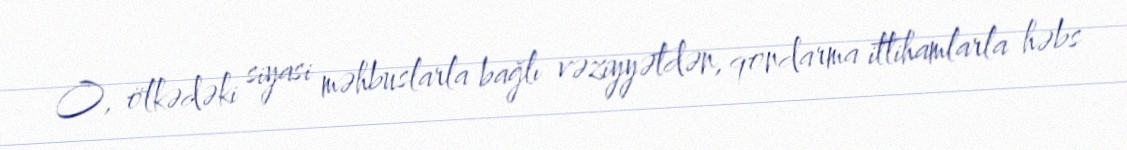
O, ölkədəki siyasi məhbuslarla bağlı vəziyyətdən, qondarma ittihamlarla həbs